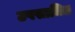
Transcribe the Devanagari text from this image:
उपसाधित्र